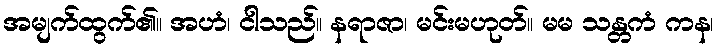
အမျက်ထွက်၏။ အဟံ၊ ငါသည်။ နရာဇာ၊ မင်းမဟုတ်။ မမ သန္တကံ ကန၊